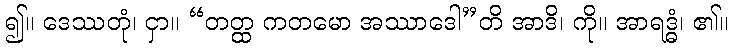
၍။ ဒေဿတုံ၊ ငှာ။ “တတ္ထ ကတမော အဿာဒေါ”တိ အာဒိ၊ ကို။ အာရဒ္ဓံ၊ ၏။